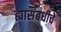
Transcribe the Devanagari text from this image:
ह्यासंबधीचे